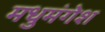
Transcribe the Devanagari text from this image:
मधुमंगेश